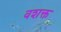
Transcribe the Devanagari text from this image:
वशक्त